Report on the working of the mental hospitals for Indians in Bihar and Orissa - 1925-1929
Year: 1925
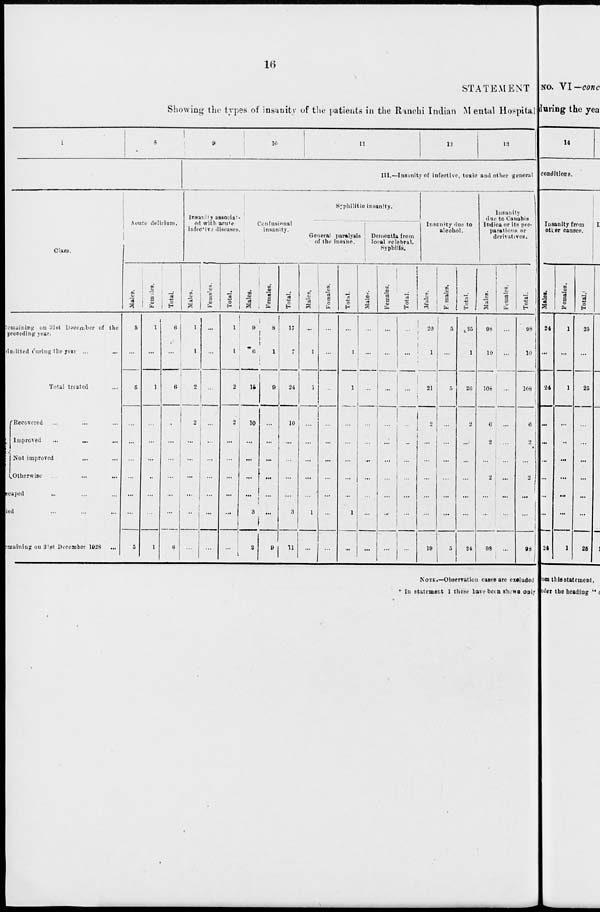
16
STATEMENT
Showing the types of insanity of the patients in the Ranchi Indian Mental Hospital
1
8
Class.
Remaining on 31st December of the
preceding year.
admitted during the year ...
Total treated ...
Recovered ... ... ...
Improved ... ... ...
Not improved ... ...
Otherwise ... ... ...
escaped ... ... ...
Died ... ... ...
Remaining on 31st December 1928 ...
Acute delirium.
Males.
5
...
5
...
...
...
...
...
...
5
Females.
1
...
1
...
...
...
...
...
...
1
Total.
6
...
6
...
...
...
...
...
...
6
9
10
11
12
13
III.—Insanity of infective, toxic and other general
Insanity associat¬
ed with acute
infective diseases.
Males.
1
1
2
2
...
...
...
...
...
...
Females.
...
...
...
...
...
...
...
...
...
...
Total.
1
1
2
2
...
...
...
...
...
...
Confusional
insanity.
Males.
9
6
15
10
...
...
...
...
3
2
Females.
8
1
9
...
...
...
...
...
...
9
Total.
17
7
24
10
...
...
...
...
3
11
Syphilitic insanity.
General paralysis
of the insane.
Males,
...
1
1
...
...
...
...
...
1
...
Females.
...
...
...
...
...
...
...
...
...
...
Total.
...
1
1
...
...
...
...
...
1
...
Dementia from
local celebral.
Syphilis.
Males.
...
...
...
...
...
...
...
...
...
...
Females.
...
...
...
...
...
...
...
...
...
...
Total.
...
...
...
...
...
...
...
...
...
...
Insanity due to
alcohol.
Males.
20
1
21
2
...
...
...
...
...
19
Females.
5
...
5
...
...
...
...
...
...
5
Total.
25
1
26
2
...
...
...
...
...
24
Insanity
due to Canabis
Indica or its pre-
parations or
derivatives.
Males.
98
10
108
6
2
...
2
...
...
98
Females.
...
...
...
...
...
...
...
...
...
...
Total.
98
10
108
6
2
...
2
...
...
98
NOTE.—Observation cases are excluded
* In statement I these have been shown only